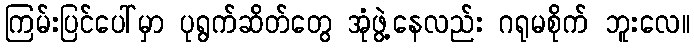
ကြမ်းပြင်ပေါ်မှာ ပုရွက်ဆိတ်တွေ အုံဖွဲ့နေလည်း ဂရုမစိုက် ဘူးလေ။